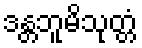
ဒန္တဘူမိသုတ္တံ